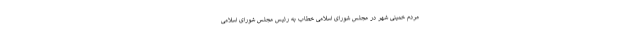
مردم خمینی شهر در مجلس شورای اسلامی خطاب به رئیس مجلس شورای اسلامی